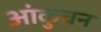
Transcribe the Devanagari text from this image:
आंकुचन